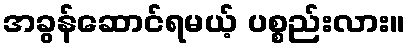
အခွန်ဆောင်ရမယ့် ပစ္စည်းလား။